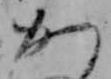
か